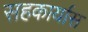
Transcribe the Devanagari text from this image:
सहकार्यास